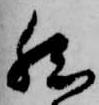
然